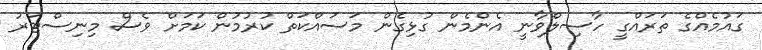
ގައުމެއްގެ ތަރައްގީ ހާސިލްވާނީ އެންމެން ގުޅިގެން މަސައްކަތް ކުރުމުން ކަމަށް ވެސް މިނިސްޓަރު